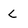
Character: L